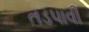
તડપાવી